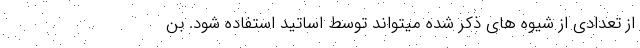
از تعدادی از شیوه های ذکر شده میتواند توسط اساتید استفاده شود. بن